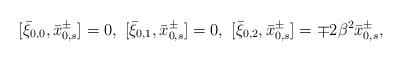
LaTeX: \begin{align*} [\bar{\xi}_{0,0}, \bar{x}^{\pm}_{0,s}]=0,\ [\bar{\xi}_{0,1}, \bar{x}^{\pm}_{0,s}]=0,\ [\bar{\xi}_{0,2}, \bar{x}^{\pm}_{0,s}]=\mp 2\beta^2\bar{x}^{\pm}_{0,s},\end{align*}